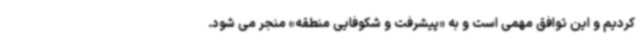
کردیم و این توافق مهمی است و به «پیشرفت و شکوفایی منطقه» منجر می شود.